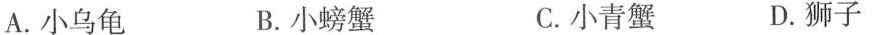
A.小乌龟 B.小螃蟹 C.小青蟹 D.狮子